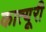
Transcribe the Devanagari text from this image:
कात्यूरी